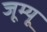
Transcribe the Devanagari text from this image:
जूम्यू